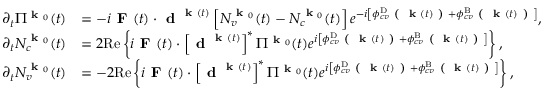
\begin{array} { r l } { \partial _ { t } \Pi ^ { \textbf { k } _ { 0 } } ( t ) } & { = - i \textbf { F } ( t ) \cdot \textbf { d } ^ { \textbf { k } ( t ) } \left[ N _ { v } ^ { \textbf { k } _ { 0 } } ( t ) - N _ { c } ^ { \textbf { k } _ { 0 } } ( t ) \right] e ^ { - i \left[ \phi _ { c v } ^ { \mathrm { D } } \textbf { ( } \textbf { k } ( t ) \textbf { ) } + \phi _ { c v } ^ { \mathrm { B } } \textbf { ( } \textbf { k } ( t ) \textbf { ) } \right] } , } \\ { \partial _ { t } N _ { c } ^ { \textbf { k } _ { 0 } } ( t ) } & { = 2 \mathrm { R e } \left\{ i \textbf { F } ( t ) \cdot \left[ \textbf { d } ^ { \textbf { k } ( t ) } \right] ^ { * } \Pi ^ { \textbf { k } _ { 0 } } ( t ) e ^ { i \left[ \phi _ { c v } ^ { \mathrm { D } } \textbf { ( } \textbf { k } ( t ) \textbf { ) } + \phi _ { c v } ^ { \mathrm { B } } \textbf { ( } \textbf { k } ( t ) \textbf { ) } \right] } \right\} , } \\ { \partial _ { t } N _ { v } ^ { \textbf { k } _ { 0 } } ( t ) } & { = - 2 \mathrm { R e } \left\{ i \textbf { F } ( t ) \cdot \left[ \textbf { d } ^ { \textbf { k } ( t ) } \right] ^ { * } \Pi ^ { \textbf { k } _ { 0 } } ( t ) e ^ { i \left[ \phi _ { c v } ^ { \mathrm { D } } \textbf { ( } \textbf { k } ( t ) \textbf { ) } + \phi _ { c v } ^ { \mathrm { B } } \textbf { ( } \textbf { k } ( t ) \textbf { ) } \right] } \right\} , } \end{array}